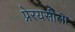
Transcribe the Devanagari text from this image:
प्रेरयसीला